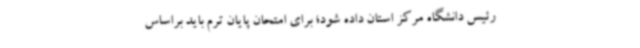
رئیس دانشگاه مرکز استان داده شود؛ برای امتحان پایان ترم باید براساس